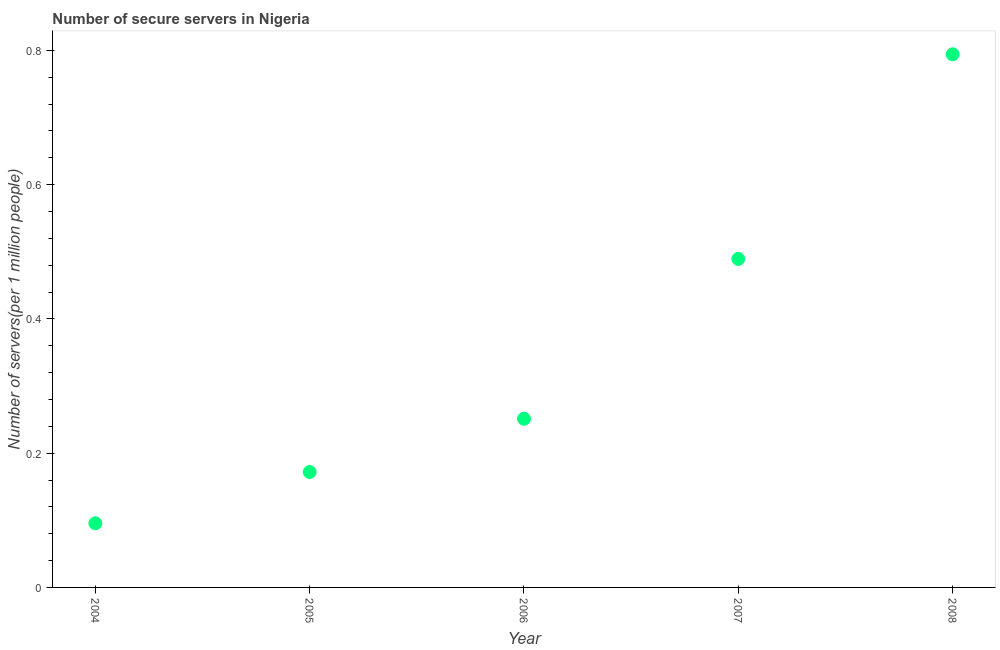
| Year | Secure Internet servers |
 | --- | --- |
 | 2004 | 0.0956 |
 | 2005 | 0.172 |
 | 2006 | 0.251 |
 | 2007 | 0.489 |
 | 2008 | 0.794 |